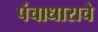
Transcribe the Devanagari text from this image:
पंचाधाराचे